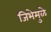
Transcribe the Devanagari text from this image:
जिभेमुळे